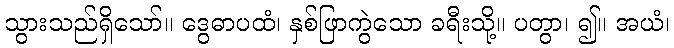
သွားသည်ရှိသော်။ ဒွေဓာပထံ၊ နှစ်ဖြာကွဲသော ခရီးသို့။ ပတွာ၊ ၍။ အယံ၊